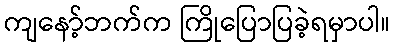
ကျနော့်ဘက်က ကြိုပြောပြခဲ့ရမှာပါ။